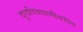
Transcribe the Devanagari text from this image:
दूरदचित्रवाणीवरील